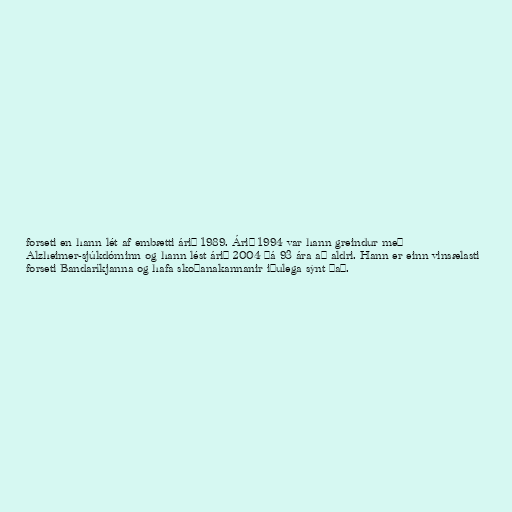
forseti en hann lét af embætti árið 1989. Árið 1994 var hann greindur með
Alzheimer-sjúkdóminn og hann lést árið 2004 þá 93 ára að aldri. Hann er einn vinsælasti
forseti Bandaríkjanna og hafa skoðanakannanir iðulega sýnt það.